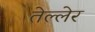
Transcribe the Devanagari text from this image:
तेल्लेर